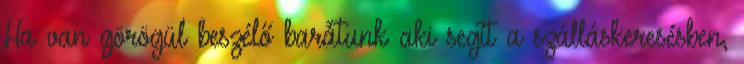
Ha van görögül beszélő barátunk aki segít a szálláskeresésben,